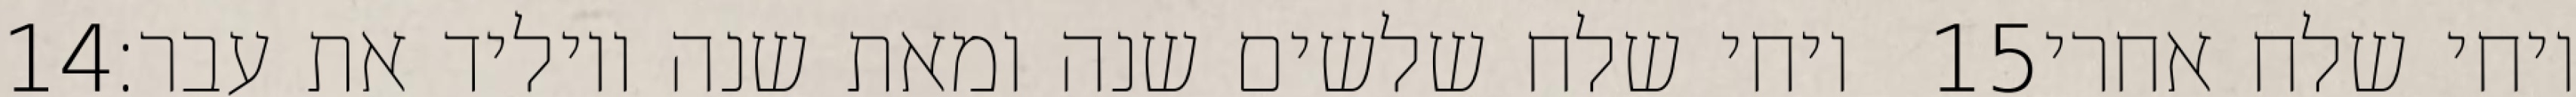
‎14‏ ויחי שלח שלשים שנה ומאת שנה ויוליד את עבר׃ ‎15‏ ויחי שלח אחרי